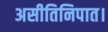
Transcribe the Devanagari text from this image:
असीतिनिपात।